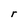
Character: r